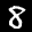
Label: 8